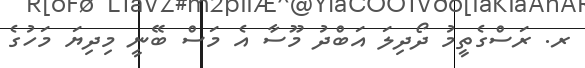
ރ. ރަސްގެތީމު ދޯދިލަ އަބްދު މޫސާ އެ މަސް ބޭނީ މިދިޔަ މަހުގެ